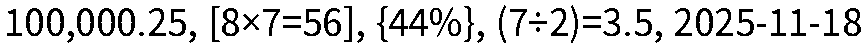
100,000.25, [8×7=56], {44%}, (7÷2)=3.5, 2025-11-18